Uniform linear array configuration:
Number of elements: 4
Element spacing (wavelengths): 0.25
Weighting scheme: cosine
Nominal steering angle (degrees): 15
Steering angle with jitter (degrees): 15.42
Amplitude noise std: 0.05
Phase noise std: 0.05

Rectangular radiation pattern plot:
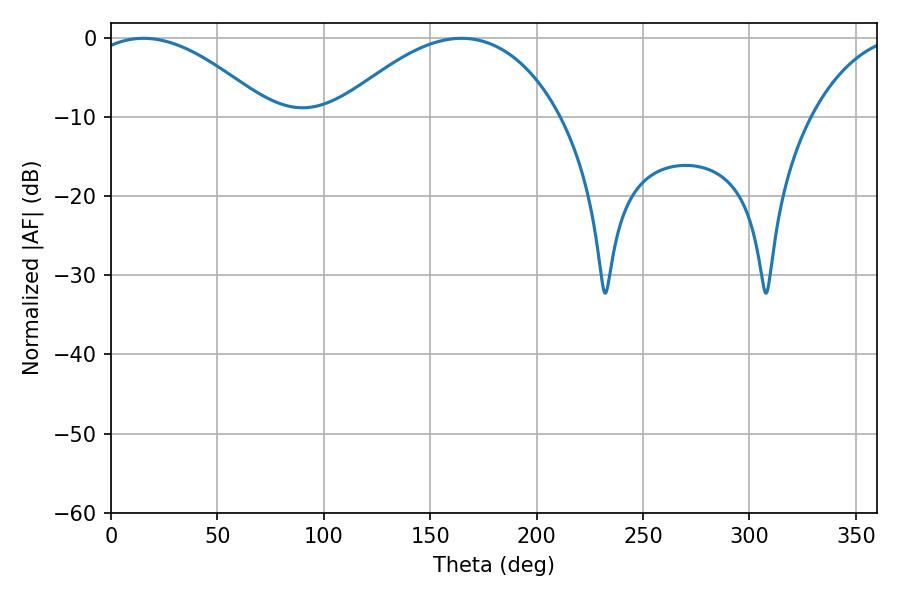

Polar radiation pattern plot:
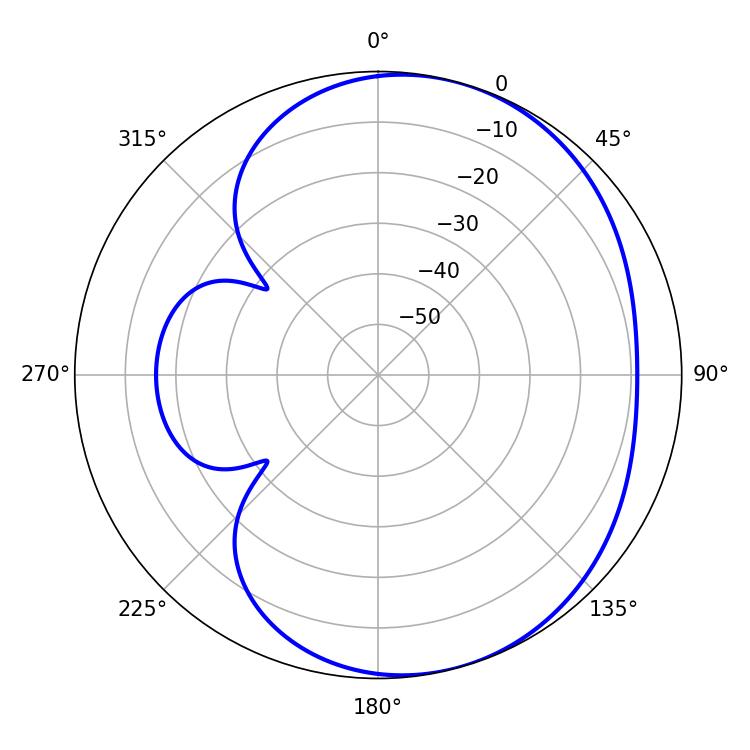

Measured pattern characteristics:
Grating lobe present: FALSE
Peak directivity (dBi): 4.561
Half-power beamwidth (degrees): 46.8
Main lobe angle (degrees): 15.3